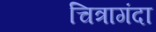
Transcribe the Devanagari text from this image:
चित्रागंदा